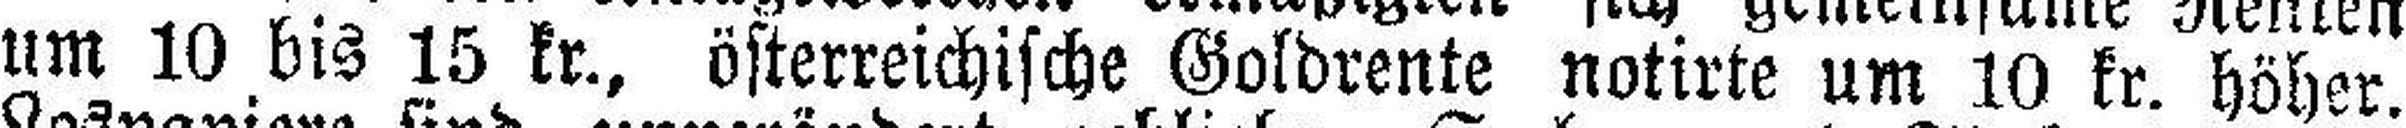
um 10 bis 15 kr., österreichische Goldrente notirte um 10 kr. höher.